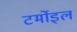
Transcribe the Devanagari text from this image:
टर्मोइल